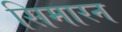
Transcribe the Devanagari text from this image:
सिमारन